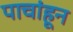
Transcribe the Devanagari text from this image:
पाचांहून